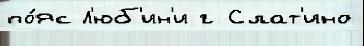
по́яс Л'юб'ин'и г Слат'ино